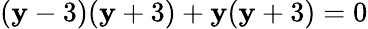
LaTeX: (\mathbf{y}-3)(\mathbf{y}+3)+\mathbf{y}(\mathbf{y}+3)=0